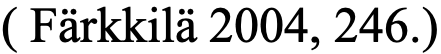
( Färkkilä 2004, 246.)